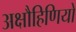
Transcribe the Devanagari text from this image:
अक्षौहिणियों